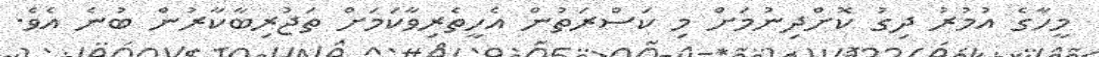
މީހާގެ އުމުރު ދިގު ކޮށްދިނުމަށް މި ކަސްރަތުން އެހީތެރިވާކަމަށް ތަޖުރިބާކާރުން ބުނެ އެވެ.